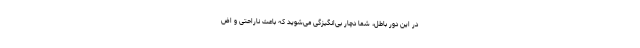
در این دور باطل، شما دچار بی‌انگیزگی می‌شوید که باعث ناراحتی و اض